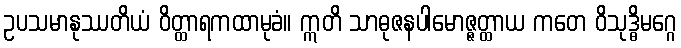
ဥပသမာနုဿတိယံ ဝိတ္ထာရကထာမုခံ။ ဣတိ သာဓုဇနပါမောဇ္ဇတ္ထာယ ကတေ ဝိသုဒ္ဓိမဂ္ဂေ